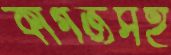
কাগজসহ